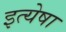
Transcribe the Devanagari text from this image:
इत्येषा